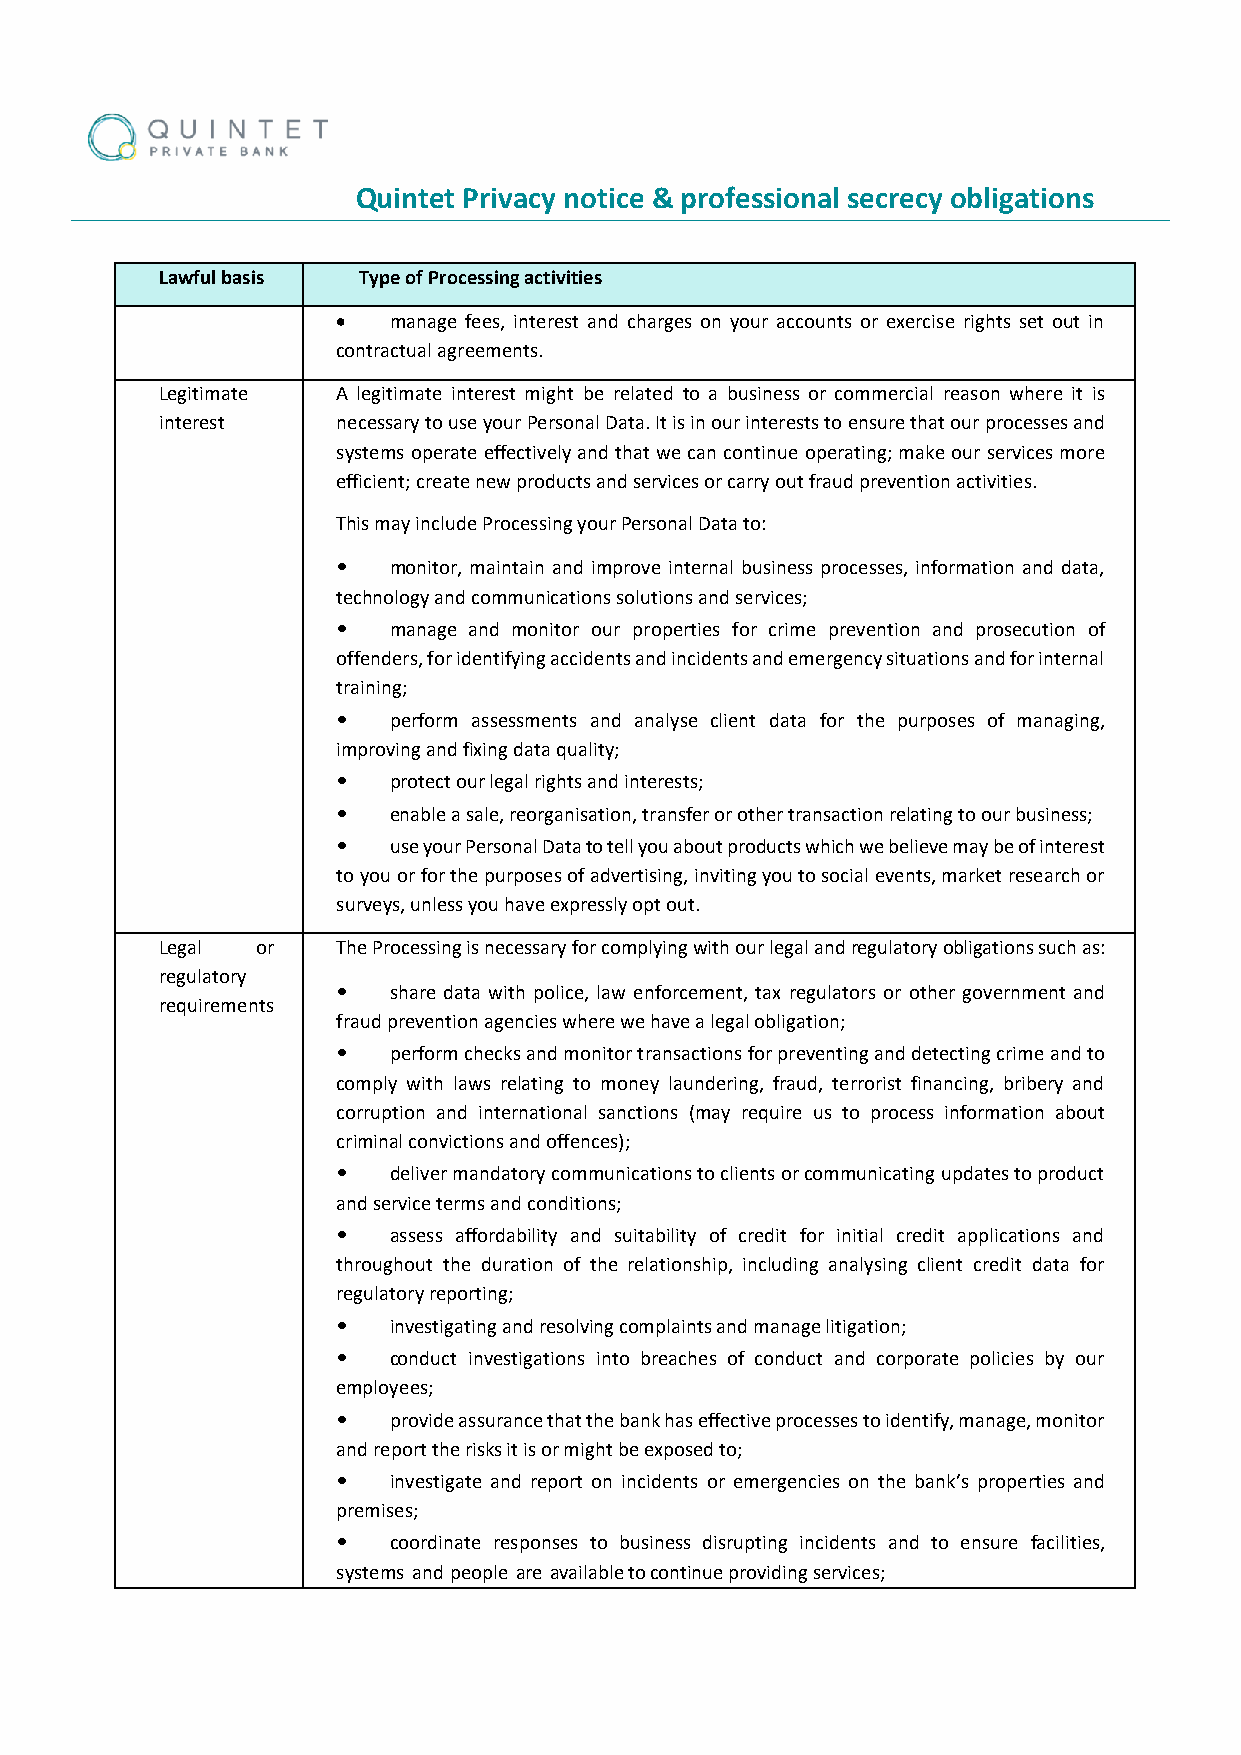
Quintet Privacy notice & professional secrecy obligations
 Lawful basis Type of Processing activities
 •   manage fees, interest and charges on your accounts or exercise rights set out in
 contractual agreements.
 Legitimate A legitimate interest might be related to a business or commercial reason where it is
 interest   necessary to use your Personal Data. It is in our interests to ensure that our processes and
 systems operate effectively and that we can continue operating; make our services more
 efficient; create new products and services or carry out fraud prevention activities.
 This may include Processing your Personal Data to:
 •   monitor, maintain and improve internal business processes, information and data,
 technology and communications solutions and services;
 •   manage and monitor our properties for crime prevention and prosecution of
 offenders, for identifying accidents and incidents and emergency situations and for internal
 training;
 •   perform assessments and analyse client data for the purposes of managing,
 improving and fixing data quality;
 •   protect our legal rights and interests;
 •   enable a sale, reorganisation, transfer or other transaction relating to our business;
 •   use your Personal Data to tell you about products which we believe may be of interest
 to you or for the purposes of advertising, inviting you to social events, market research or
 surveys, unless you have expressly opt out.
 Legal or   The Processing is necessary for complying with our legal and regulatory obligations such as:
 regulatory
 •   share data with police, law enforcement, tax regulators or other government and
 requirements
 fraud prevention agencies where we have a legal obligation;
 •   perform checks and monitor transactions for preventing and detecting crime and to
 comply with laws relating to money laundering, fraud, terrorist financing, bribery and
 corruption and international sanctions (may require us to process information about
 criminal convictions and offences);
 •   deliver mandatory communications to clients or communicating updates to product
 and service terms and conditions;
 •   assess affordability and suitability of credit for initial credit applications and
 throughout the duration of the relationship, including analysing client credit data for
 regulatory reporting;
 •   investigating and resolving complaints and manage litigation;
 •   conduct investigations into breaches of conduct and corporate policies by our
 employees;
 •   provide assurance that the bank has effective processes to identify, manage, monitor
 and report the risks it is or might be exposed to;
 •   investigate and report on incidents or emergencies on the bank’s properties and
 premises;
 •   coordinate responses to business disrupting incidents and to ensure facilities,
 systems and people are available to continue providing services;